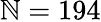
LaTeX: \mathbb{N}=194